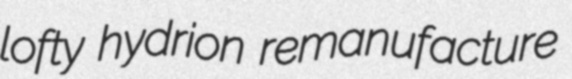
lofty hydrion remanufacture